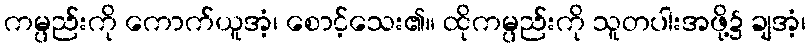
ကမ္ပည်းကို ကောက်ယူအံ့၊ စောင့်သေး၏။ ထိုကမ္ပည်းကို သူတပါးအဖို့၌ ချအံ့၊